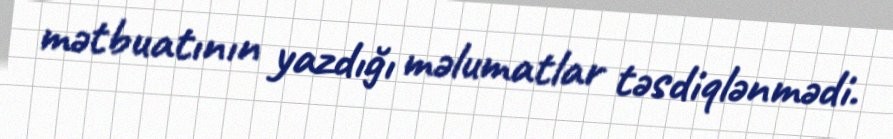
mətbuatının yazdığı məlumatlar təsdiqlənmədi.